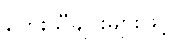
တေးသီချင်းများဖြင့်